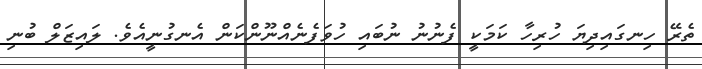
ތެރޭ ހިނގައިދިޔަ ހުރިހާ ކަމަކީ ފެނުނު ނުބައި ހުވަފެނެއްނޫންކަން އެނގުނީއެވެ. ލައިޒަލް ބުނި